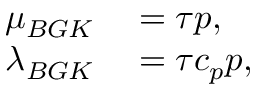
\begin{array} { r l } { \mu _ { B G K } } & { { } = \tau p , } \\ { \lambda _ { B G K } } & { { } = \tau c _ { p } p , } \end{array}